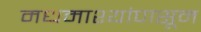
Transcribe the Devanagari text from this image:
मधमाश्यांपासून